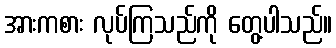
အားကစား လုပ်ကြသည်ကို တွေ့ပါသည်။